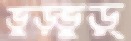
ভুড়্‌ভুড়্‌